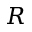
R